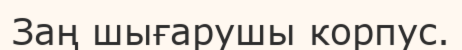
Заң шығарушы корпус.